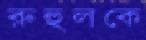
রুহুলকে